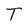
Character: T